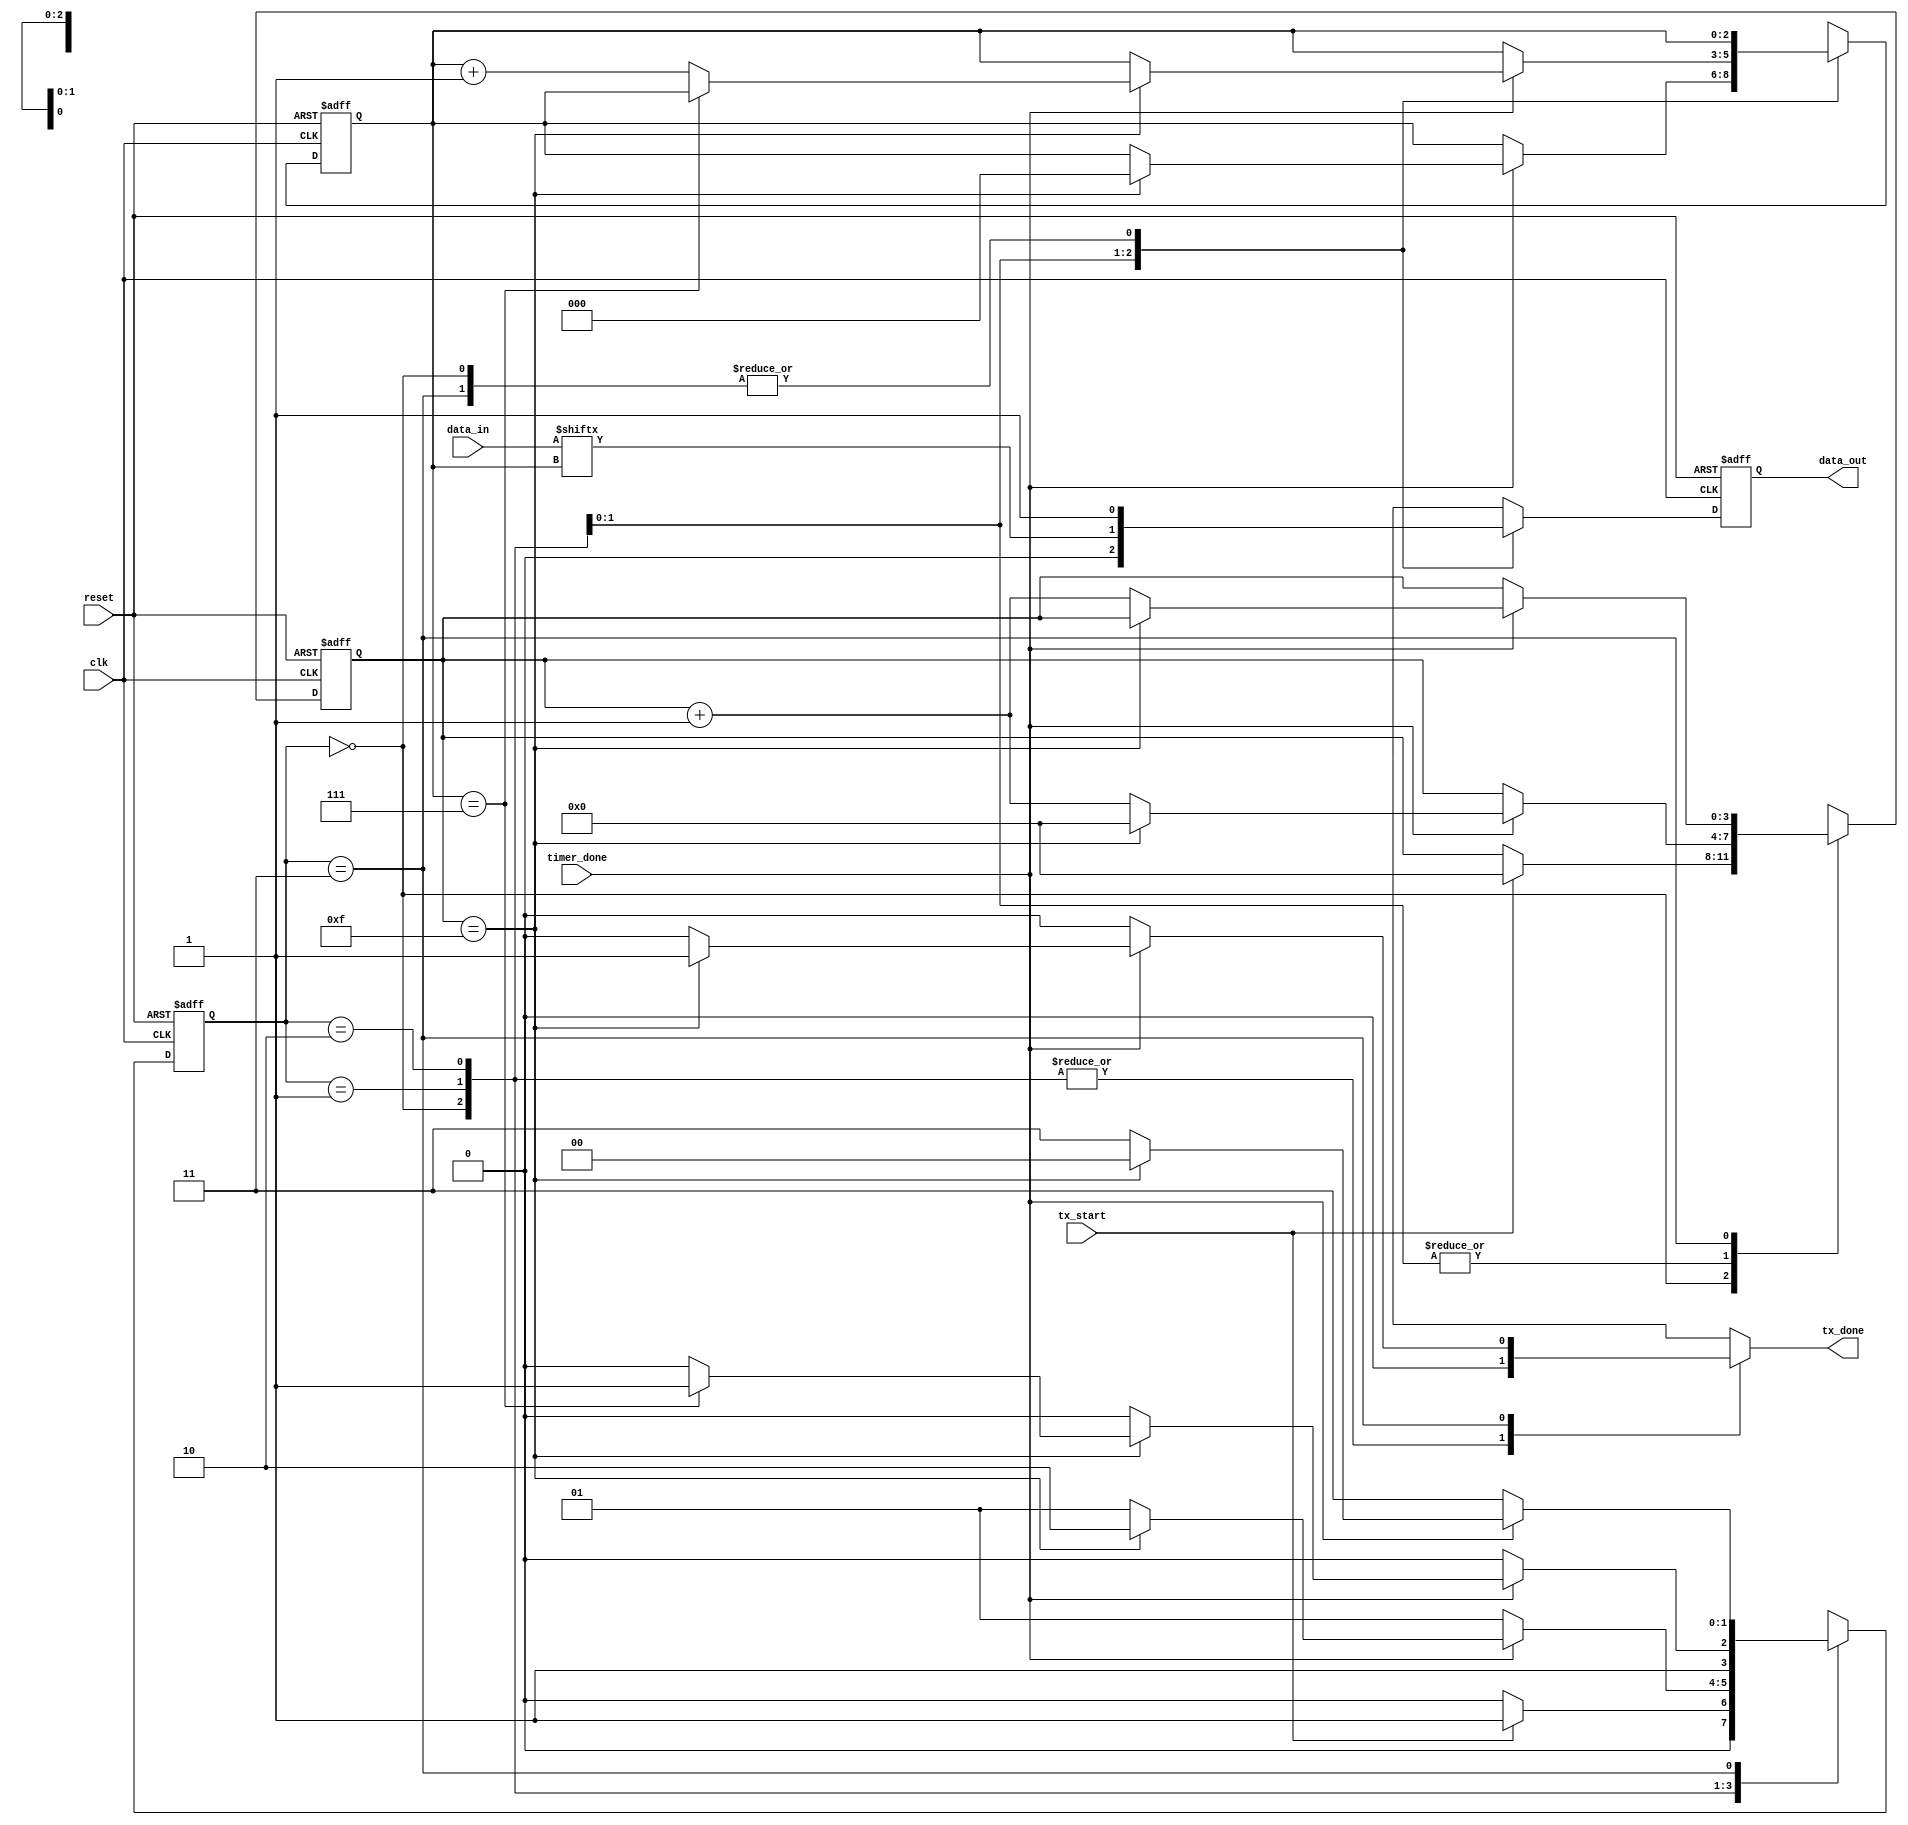
`timescale 1ns / 1ps
//////////////////////////////////////////////////////////////////////////////////
// Company: 
// Engineer: 
// 
// Design Name: 
// Module Name: Transmitter
// Project Name: 
// Target Devices: 
// Tool Versions: 
// Description: 
// 
// Dependencies: 
// 
// Revision:
// Revision 0.01 - File Created
// Additional Comments:
// 
//////////////////////////////////////////////////////////////////////////////////


module Transmitter
    #(parameter data_bits = 8,stop_ticks = 16)(
    input clk,
    input reset,
    input tx_start,
    input [data_bits-1:0] data_in,
    input timer_done,
    output data_out,
    output reg tx_done
    );
    
    localparam idle = 'b00;
    localparam start = 'b01;
    localparam data = 'b10;
    localparam stop = 'b11;
    
    reg [$clog2(data_bits)-1:0] n_reg,n_next;
    reg [1:0] state_reg,state_next;
    reg [$clog2(stop_ticks)-1:0] cntr_reg,cntr_next;
    reg data_reg,data_next;

    
    always @(posedge clk,negedge reset) begin
        if(!reset) begin
            state_reg <= idle;
            cntr_reg <= 0;
            n_reg <= 0;
            data_reg <= 0;
        end
        else begin
            state_reg <= state_next;
            cntr_reg <= cntr_next;
            n_reg <= n_next;
            data_reg <= data_next;
        end  
    end
    
    always @(*) begin
        state_next = state_reg;
        cntr_next = cntr_reg;
        n_next = n_reg;
        data_next = data_reg;
        tx_done = 'b0;
        case(state_reg)
            idle: begin
                data_next = 1;
                if(tx_start) begin
                    state_next = start;
                    cntr_next = 0;
                end
                else begin
                    state_next = idle;
                end
            end
            
            start: begin
                data_next = 0;
                if(timer_done) begin
                    if(cntr_next == 15) begin
                        cntr_next = 0;
                        n_next = 0;
                        state_next = data;
                    end
                    else begin
                        cntr_next = cntr_reg + 1;
                        state_next = start;
                    end
                end
                else
                    state_next = start;
            end
            
            data: begin
                data_next = data_in[n_reg];
                if(timer_done) begin
                    if(cntr_next == 15) begin
                        cntr_next = 0;
                        if(n_reg == data_bits-1)
                            state_next = stop;
                        else begin
                            state_next = data;
                            n_next = n_reg + 1;
                        end
                    end
                    else begin
                        cntr_next = cntr_reg + 1;
                        state_next = data;
                    end
                end
                else
                    state_next = data;
            end
            
            stop: begin
                data_next = 1;
                if(timer_done) begin
                    if(cntr_next == stop_ticks-1) begin
                        tx_done = 'b1;
                        state_next = idle;
                    end
                    else begin
                        cntr_next = cntr_reg + 1;
                        state_next = stop;
                    end
                end
                else
                    state_next = stop;
            end
            
            default: state_next = idle;
        endcase
    end
    
    assign data_out = data_reg;
    
endmodule